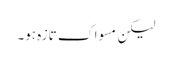
لیکن مسواک تازہ ہو۔